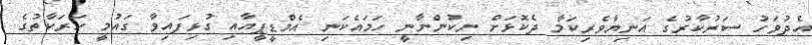
އެދުވަހު ސަރުކާރުގެ އަނިޔާވެރިކަމާ ދެކޮޅަށް ނިކުންނާނީ ހަމައެކަނި އެމްޑީޕީއާއި ގުޅިފައިވާ ގައުމީ ހަރަކާތުގެ